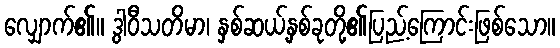
လျှောက်၏။ ဒွါဝီသတိမာ၊ နှစ်ဆယ့်နှစ်ခုတို့၏ပြည့်ကြောင်းဖြစ်သော။